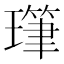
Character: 㻶